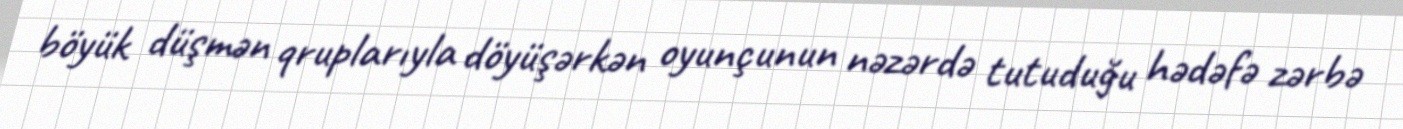
böyük düşmən qruplarıyla döyüşərkən oyunçunun nəzərdə tutuduğu hədəfə zərbə